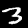
Digit: 3